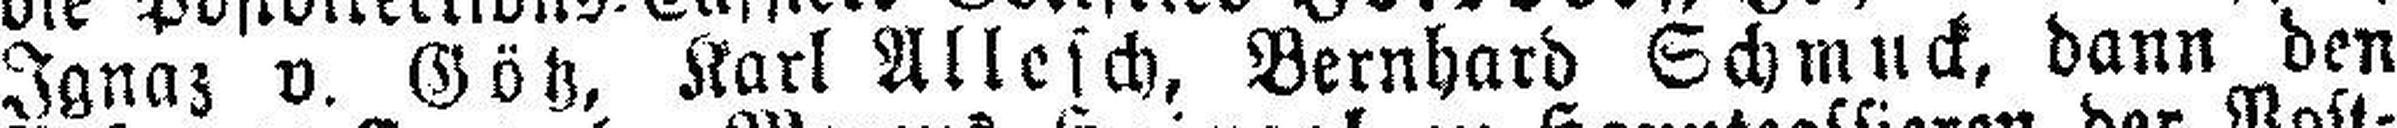
Ignaz v. Götz, Karl Allesch, Bernhard Schmuck, dann den